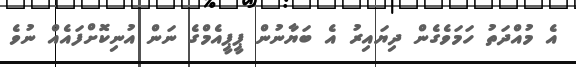
އެ މުއްދަތު ހަމަވެގެން ދިޔައިރު އެ ބަޔާނުން ޕީޕީއެމްގެ ނަން އުނިކޮށްފައެއް ނުވެ